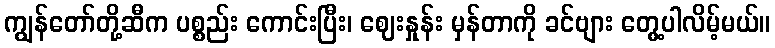
ကျွန်တော်တို့ဆီက ပစ္စည်း ကောင်းပြီး၊ ဈေးနှုန်း မှန်တာကို ခင်ဗျား တွေ့ပါလိမ့်မယ်။